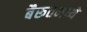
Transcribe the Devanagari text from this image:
बैरूतमध्ये